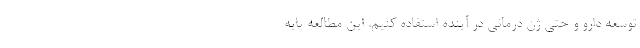
توسعه دارو و حتی ژن درمانی در آینده استفاده کنیم. این مطالعه پایه